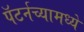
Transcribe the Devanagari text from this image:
पॅटर्नच्यामध्ये